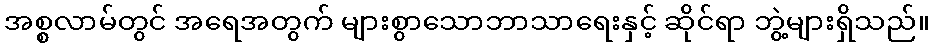
အစ္စလာမ်တွင် အရေအတွက် များစွာသောဘာသာရေးနှင့် ဆိုင်ရာ ဘွဲ့များရှိသည်။